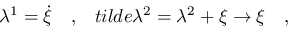
\lambda ^ { 1 } = \dot { \xi } \ \ \ , \ \ \, t i l d e { \lambda } ^ { 2 } = \lambda ^ { 2 } + \xi \rightarrow \xi \ \ \ ,